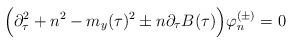
LaTeX: \begin{align*}\Big( \partial^2_\tau +n^2 -m_{y}(\tau)^2\pm n \partial_\tau B(\tau) \Big) \varphi^{(\pm)}_{n}=0\end{align*}